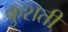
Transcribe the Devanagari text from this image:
कुशती